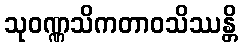
သုဝဏ္ဏသိကတာဝသိဿန္တိ